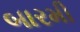
બારમી